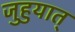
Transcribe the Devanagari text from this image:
जुहुयात्‌